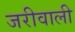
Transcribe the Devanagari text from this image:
जरीवाली